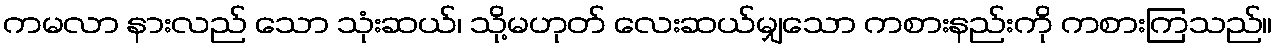
ကမလာ နားလည် သော သုံးဆယ်၊ သို့မဟုတ် လေးဆယ်မျှသော ကစားနည်းကို ကစားကြသည်။